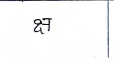
मजकूर: क्ष